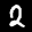
Label: 2